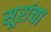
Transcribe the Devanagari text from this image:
सूरांचा